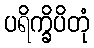
ပရိက္ခိပိတုံ